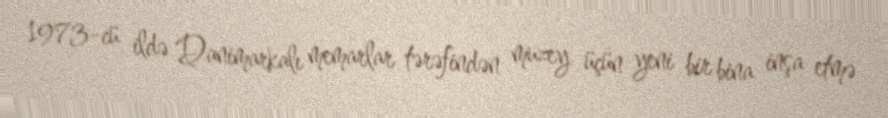
1973-cü ildə Danimarkalı memarlar tərəfindən muzey üçün yeni bir bina inşa etmə